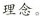
理念。